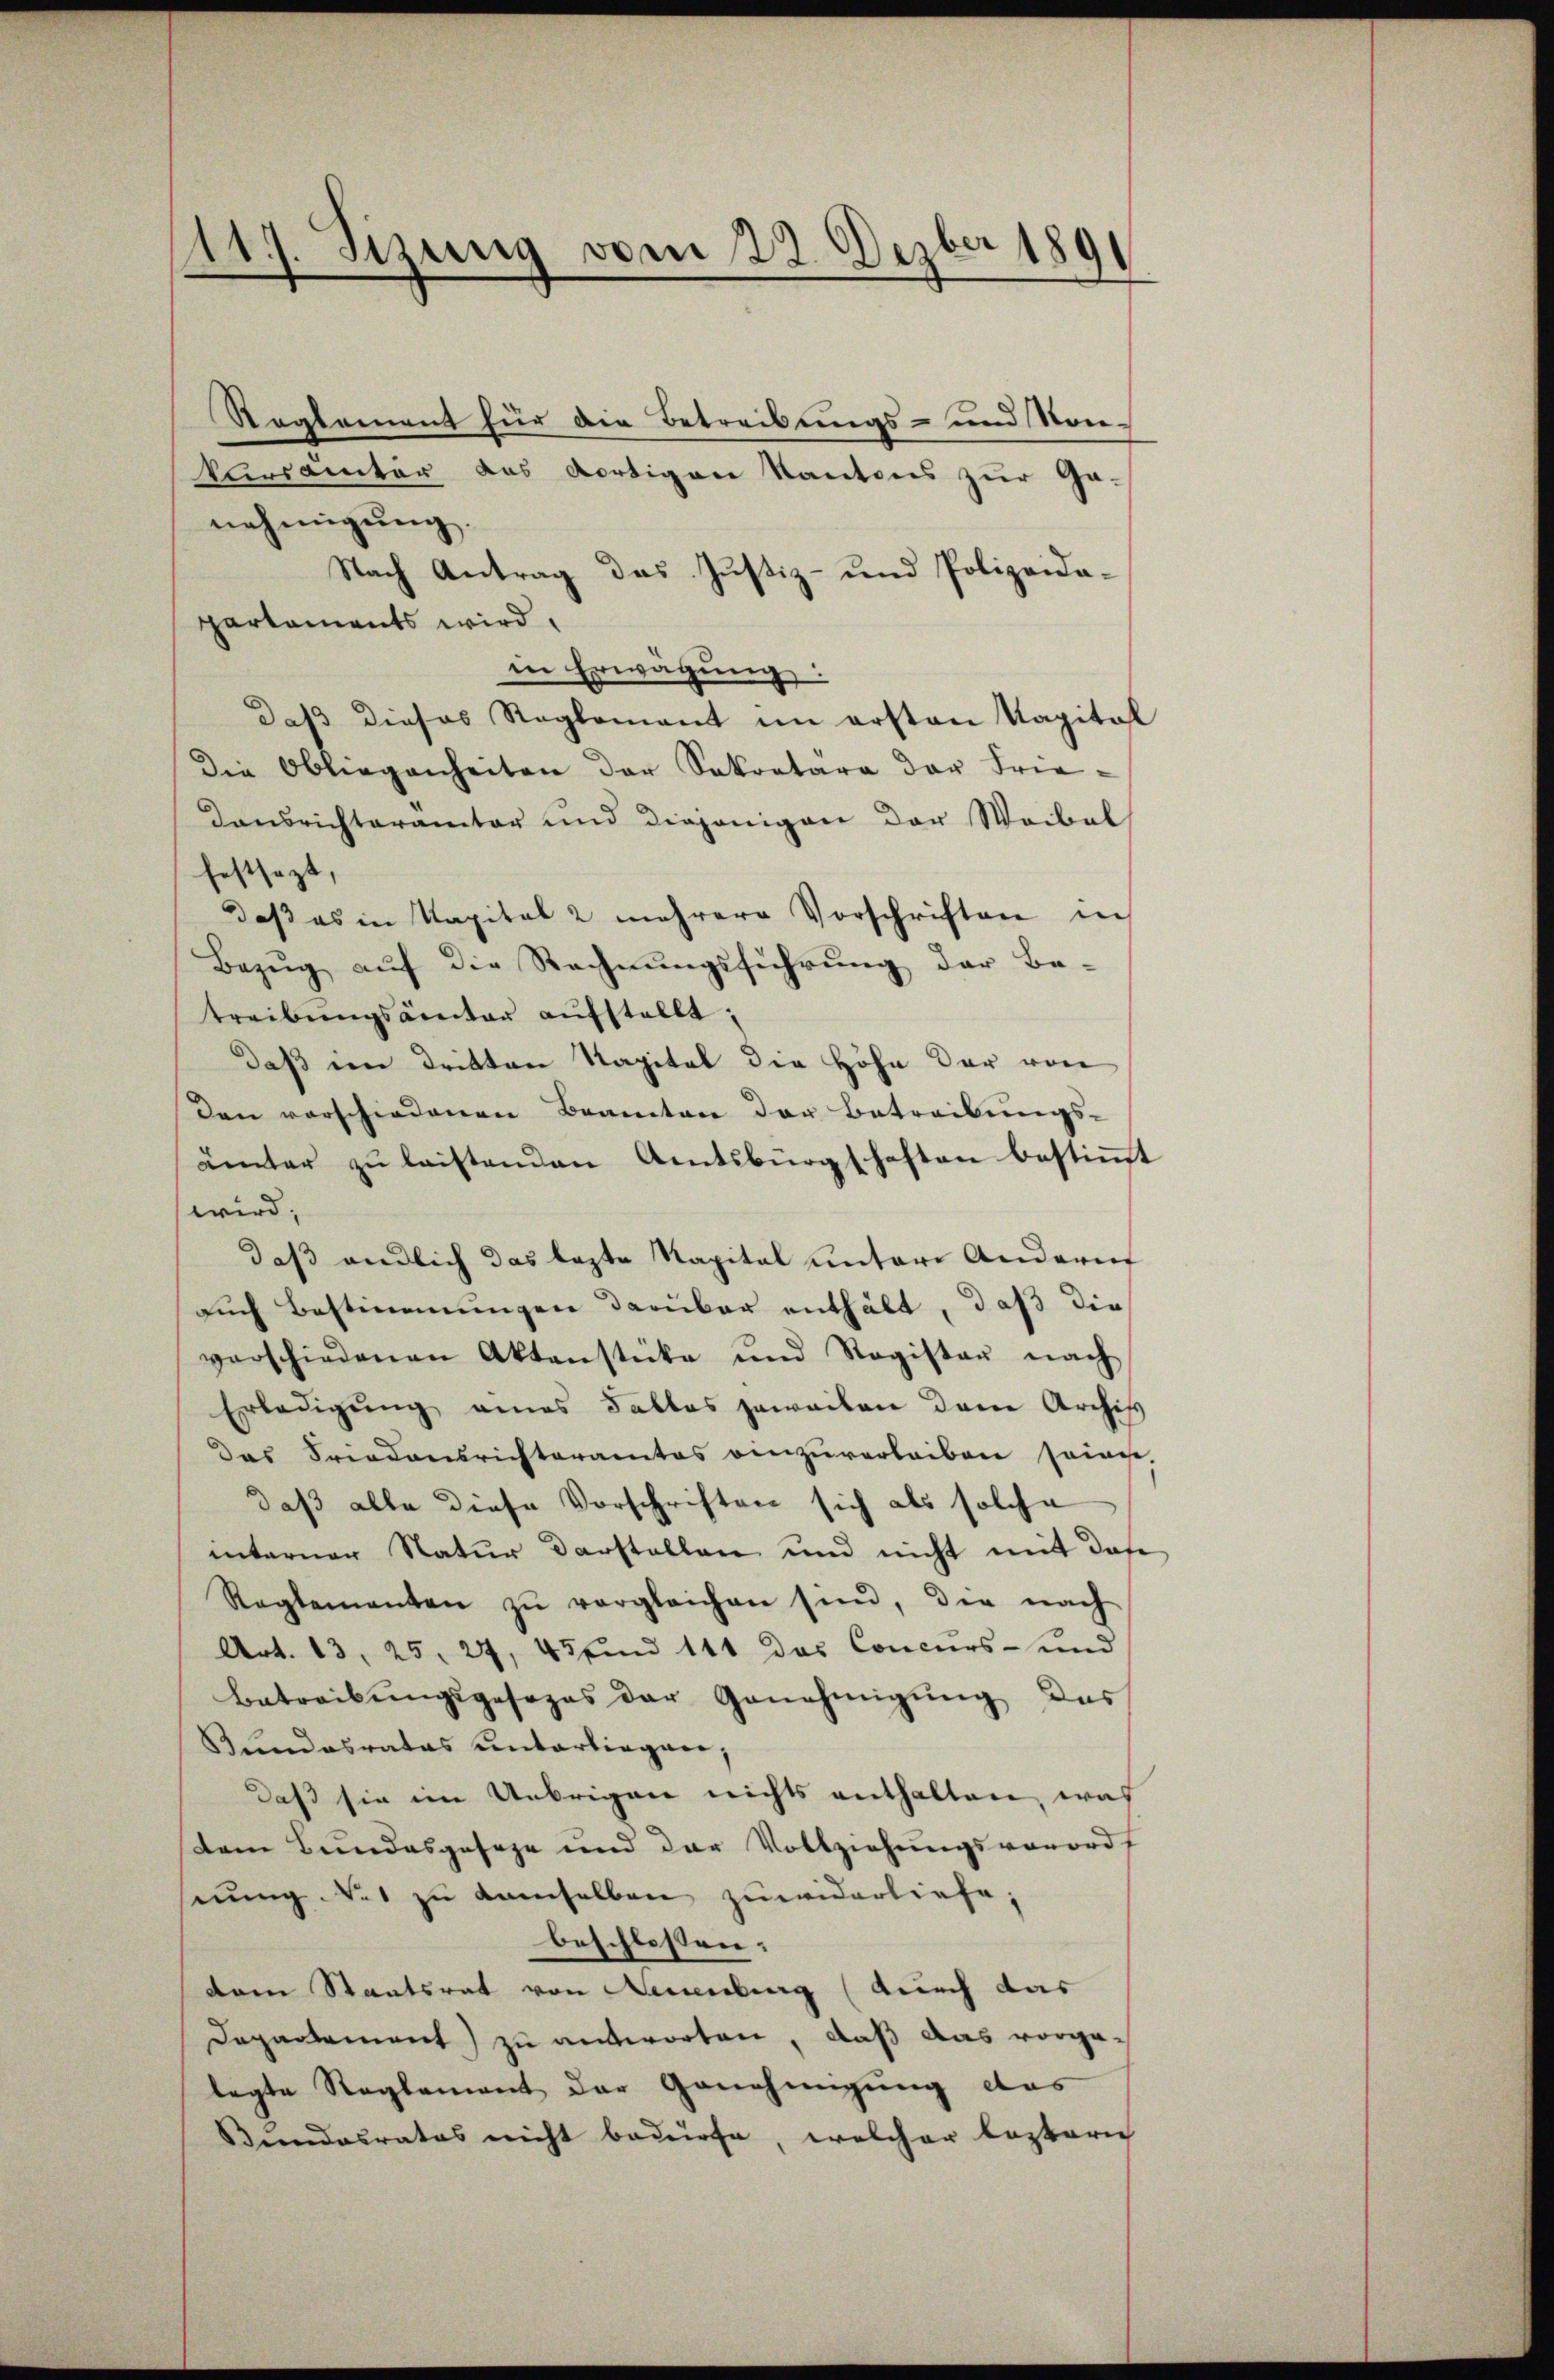
117. Sizung vom 22. Dezbr 189

Reglement für die Betreibungs- und Vor-
karsamter das dortigen Kantons zur Ga-
nehmigŭng.
Nach Antrag das Justiz- und Polizeida-
partaments wird,
in Erwägung:
daß dieses Reglement im ersten Kapital
Die Obliegenheiten der Sekretara der Frie¬
Dausrichteramter und diejenigen der Waibel
festsezt,
daß es in Kapital 2 mehrere Vorschriften in
Bezŭg aŭf die Rechnŭngsführŭng der Be-
treibŭngsämter aŭfstellt.
daß im Dritten Kapital die Höhe dar von
den vorschiedenen Beamten der Betreibungs-
äiter zu leistenden Amtsbürgschaften bestimmt
wird;
daß endlich das lezte Kapital untere Andernf
auch Bestimmungen darüber enthält, daß die
verschiedenen Aktenstücke und Register nach
Erledigung eines Falles jeweilen dem Archis
Das Friedensrichteramtes einzŭverleiben soge-
daß alle diese Vorschriften sich als solche
interner Natur Darstellen und nicht mit das
Reglementen zŭ vergleichen sind, die nach
Art. 13, 25. 27, 43 und 141 das Concurs- und
Betreibŭngsgesezes der Genehmigŭng das
Bundesrates unterliegen,
daß sie im Uebrigen nichts enthalten, was
dem Bundesgeseze und der Vollziehungsverord
serŭng Not zŭ demselben zŭwiderliefe,
beschlossen:
dem Staatsrat von Amenburg (durch das
Departement zu antworten, daß das vorga-
legte Reglement der Genehmigung das
Bundesrates nicht bedürfe, welcher leztari